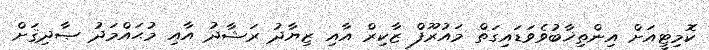
ކޮމިޓީއަށް އިންތިޚާބުވެވަޑައިގަތް މައުރޫފް ޒާކިރް އާއި ޒިޔާދު ރަޝާދު އާއި މުޙައްމަދު ޞާދިޤަށް